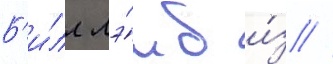
Б'и́лл лэ́мб и́з //